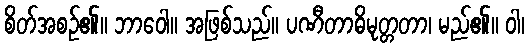
စိတ်အစဉ်၏။ ဘာဝေါ။ အဖြစ်သည်။ ပဏီတာဓိမုတ္တတာ၊ မည်၏။ ဝါ၊